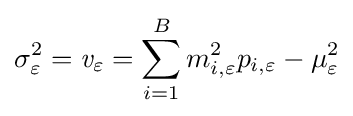
\sigma _{\varepsilon }^{2}={\mathit {v}}_{\varepsilon }=\sum _{i=1}^{B}{m_{i,\varepsilon }^{2}p_{i,\varepsilon }-\mu _{\varepsilon }^{2}}